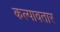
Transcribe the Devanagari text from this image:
कल्पावतार